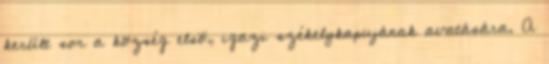
került sor a község elsõ, igazi székelykapujának avatására. A